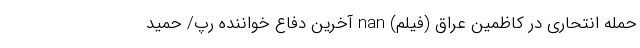
حمله انتحاری در کاظمین عراق (فیلم) nan آخرین دفاع خواننده رپ/ حمید